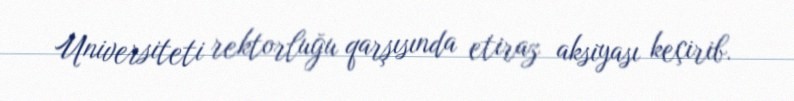
Universiteti rektorluğu qarşısında etiraz aksiyası keçirib.